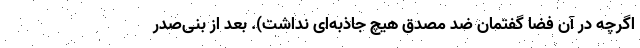
اگرچه در آن فضا گفتمان ضد مصدق هیچ جاذبه‌ای نداشت). بعد از بنی‌صدر